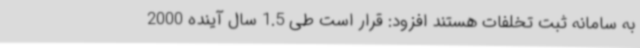
به سامانه ثبت تخلفات هستند افزود: قرار است طی 1.5 سال آینده 2000